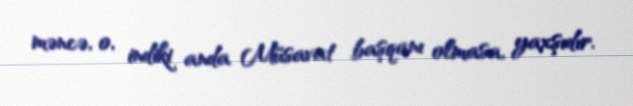
məncə, o, indiki anda Müsavat başqanı olmasa, yaxşıdır.